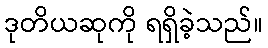
ဒုတိယဆုကို ရရှိခဲ့သည်။